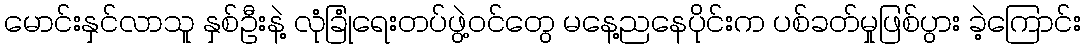
မောင်းနှင်လာသူ နှစ်ဦးနဲ့ လုံခြုံရေးတပ်ဖွဲ့ဝင်တွေ မနေ့ညနေပိုင်းက ပစ်ခတ်မှုဖြစ်ပွား ခဲ့ကြောင်း